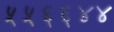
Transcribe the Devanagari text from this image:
५५६६४४